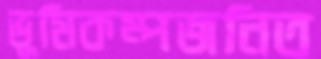
ভূমিকম্পজনিত